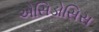
એસિડોસિસ